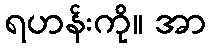
ရဟန်းကို။ အာ